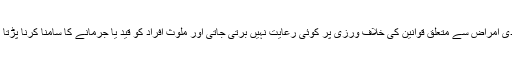
متعدی امراض سے متعلق قوانین کی خلاف ورزی پر کوئی رعایت نہیں برتی جاتی اور ملوث افراد کو قید یا جرمانے کا سامنا کرنا پڑتا ہے۔